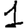
Digit: 1